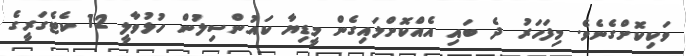
ވަކިކޮށްގެނެވެ. މިފަހަރު ދެ ބައި އެއްކޮށްލައިގެން މީޑިޔާ ކައުންސިލުން ހުޅުވާލީ 12 ކެޓެގަރީގެ